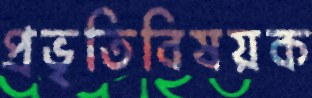
প্রভৃতিবিষয়ক